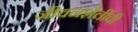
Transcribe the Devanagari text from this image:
जीवनशैलींची